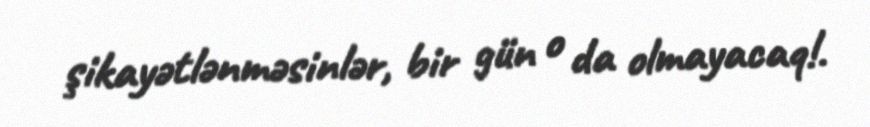
şikayətlənməsinlər, bir gün o da olmayacaq!.